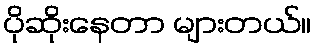
ပိုဆိုးနေတာ များတယ်။